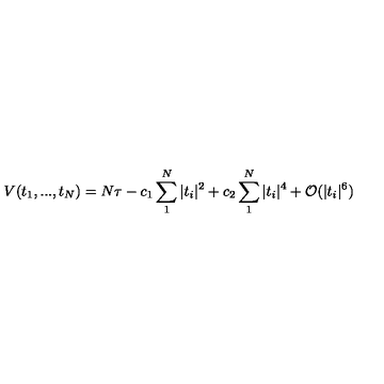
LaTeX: V ( t _ { 1 } , . . . , t _ { N } ) = N \tau - c _ { 1 } \sum _ { 1 } ^ { N } | t _ { i } | ^ { 2 } + c _ { 2 } \sum _ { 1 } ^ { N } | t _ { i } | ^ { 4 } + { \cal { O } } ( | t _ { i } | ^ { 6 } )